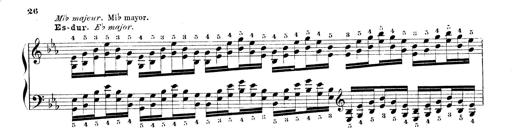
Title: Technische Studien
Composer: Franz Liszt